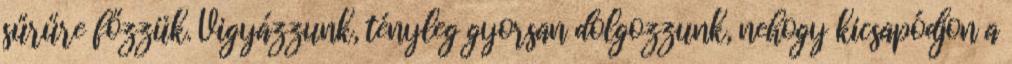
sűrűre főzzük. Vigyázzunk, tényleg gyorsan dolgozzunk, nehogy kicsapódjon a